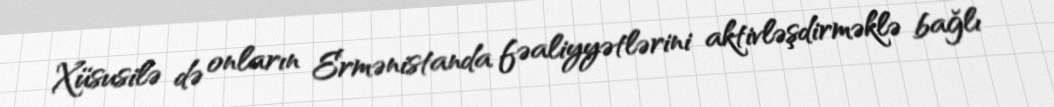
Xüsusilə də onların Ermənistanda fəaliyyətlərini aktivləşdirməklə bağlı